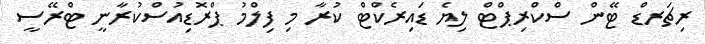
ރިޗަރޑް ޓޭން ސްކްރިޕްޓް ލިޔެ ޑައިރެކްޓް ކުރާ މި ފިލްމު ޕްރޮޑިއުސްކުރާނީ ޓްރޭސީ